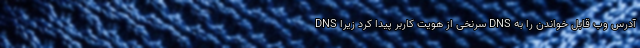
DNS سرنخی از هویت کاربر پیدا کرد زیرا DNS آدرس وب قابل خواندن را به